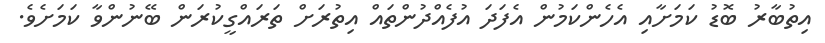
އިތުބާރު ބޮޑު ކަމަށާއި އެހެންކަމުން އެފަދަ އުފެއްދުންތައް އިތުރަށް ތަރައްގީކުރަން ބޭނުންވާ ކަމަށެވެ.